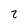
Character: 2